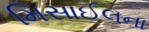
મિસાઈલના